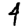
Digit: 4